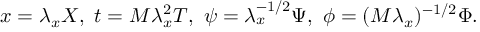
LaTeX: x = \lambda _ { x } X , \ t = M \lambda _ { x } ^ { 2 } T , \ \psi = \lambda _ { x } ^ { - 1 / 2 } \Psi , \ \phi = ( M \lambda _ { x } ) ^ { - 1 / 2 } \Phi .